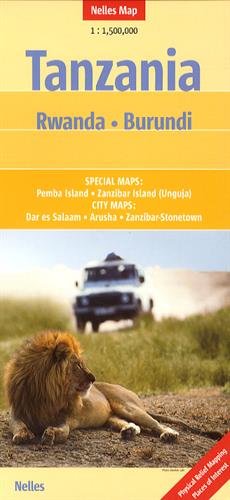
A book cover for Tanzania-Rwanda and Burundi 1:500K Nelles; Nelles Map; Travel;